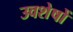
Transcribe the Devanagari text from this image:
उवशेषों